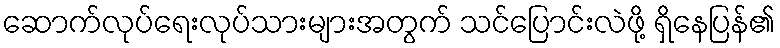
ဆောက်လုပ်ရေးလုပ်သားများအတွက် သင်ပြောင်းလဲဖို့ ရှိနေပြန်၏